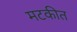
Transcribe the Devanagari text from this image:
मटकीत